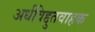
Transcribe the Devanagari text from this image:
अर्धविद्दुतवाहक